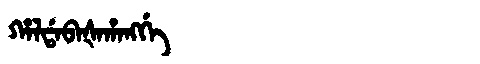
Manchu: ᡥᠠᠯᡩᠠᠪᠠᡧᠠᡥᠠᠩᡤᡝ
Romanization: HALDABAŠAHANGGE